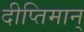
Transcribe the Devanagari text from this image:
दीप्तिमान्